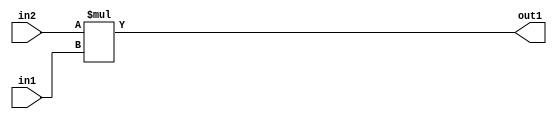
`timescale 1ps / 1ps
/*****************************************************************************
    Verilog RTL Description
    
    
    Created by: Stratus DpOpt 2019.1.01 
*******************************************************************************/

module st_feature_addr_gen_Mul_16Ux9U_16U_4_2 (
	in2,
	in1,
	out1
	); /* architecture "behavioural" */ 
input [15:0] in2;
input [8:0] in1;
output [15:0] out1;
wire [15:0] asc001;

assign asc001 = 
	+(in2 * in1);

assign out1 = asc001;
endmodule

/* CADENCE  ubLzQg4= : u9/ySgnWtBlWxVPRXgAZ4Og= ** DO NOT EDIT THIS LINE ******/